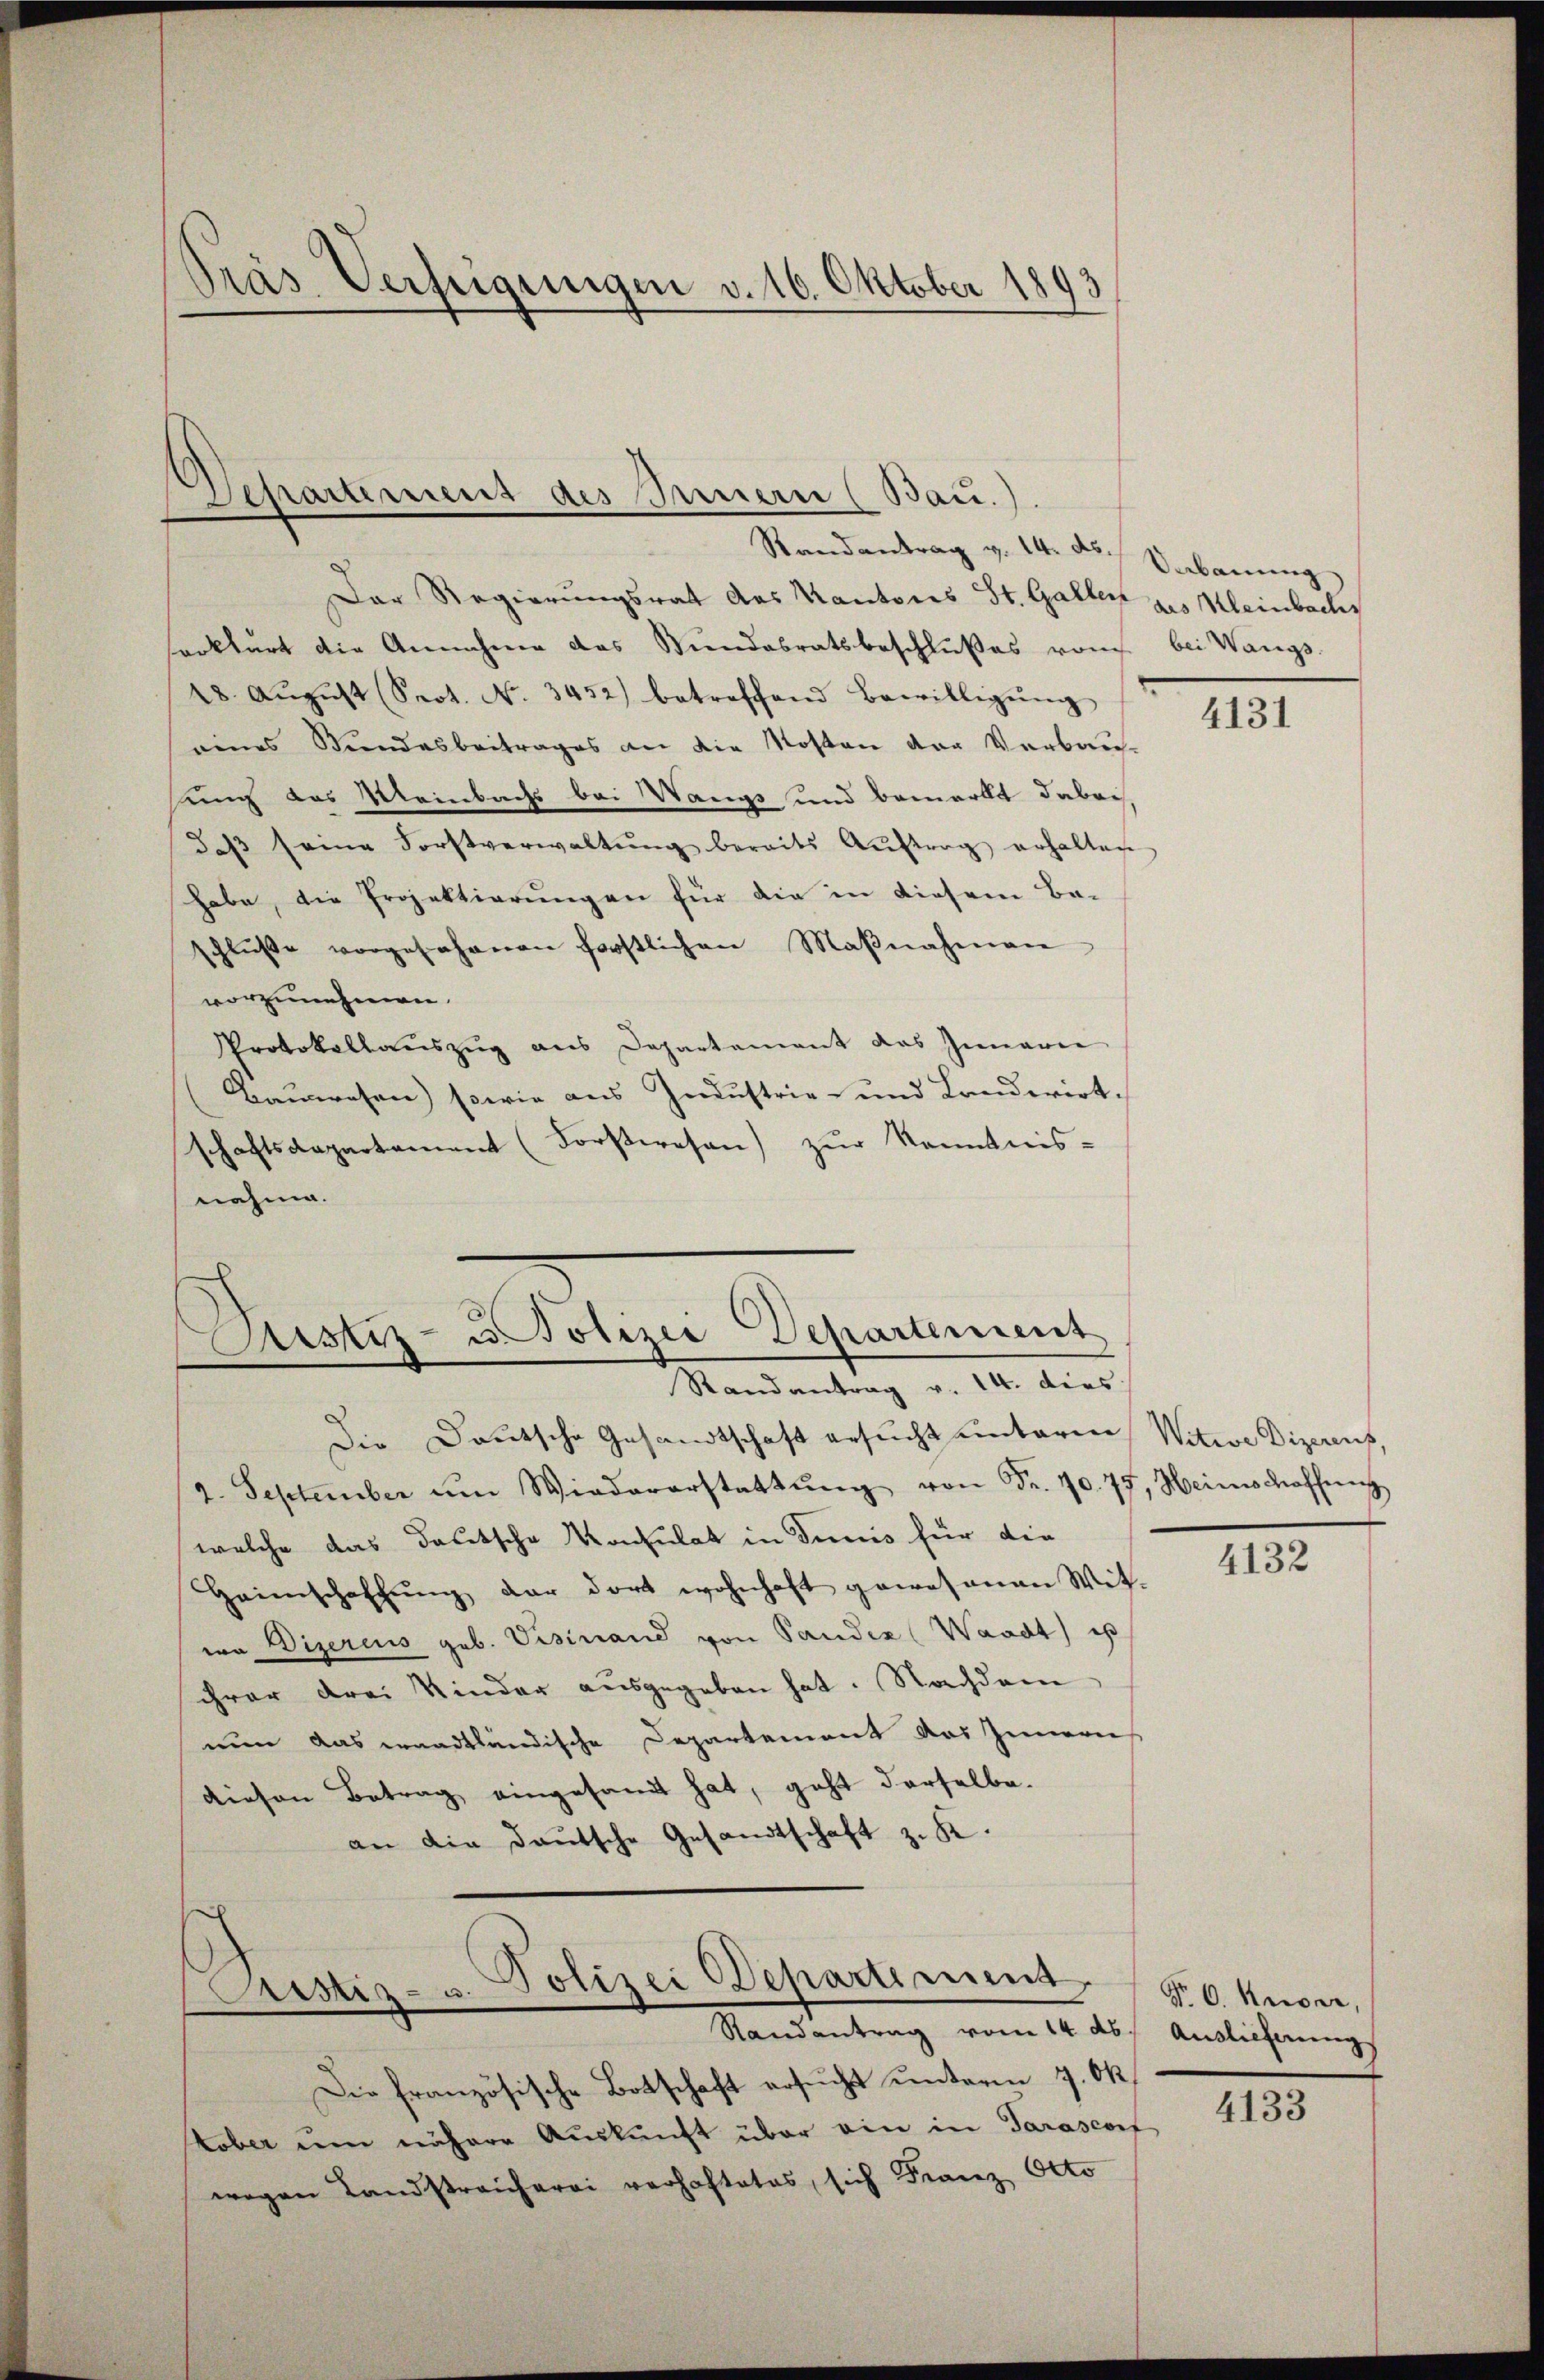
Präs. Verfügungen v. 16. Oktober 1893

Separtement des Innern (Bau.)
Randantrag v. 14. ds. Sabauung

Der Regierungsrat des Kantons St. Gallen des Kleinbachs
serklärt die Annahme das Bundesratsbeschlŭβes vom bei Wangs-
18. Aŭgŭst (Spot. N. 3452) betreffend Bewilligŭng
eines Bundesbeitrages an die Kosten der Verbauung des Meinbachs bei Wangs und bemerkt dabei
daβ seine Forstverwaltŭng bereits Aŭftrag erhalten
habe, die Projektierungen für die in diesem Be-
schlŭβe vorgesehenen forstlichen Maβnahmen-
vorzunehmen.
Protokollauszug aus Departamant das Gemarie
Bauwesen) sowie aus Industrie- und Landwirt-
schaftsdepartement (Forstwesen) zur Kenntnis-
nahme.

Astiz- u. Polizei Departement
Randantrag v. 14. dies

Die Deutsche Gesandtschaft ersucht unterm Witwe Dizerens,
2. September ŭm Wiedererstattŭng von Fr. 70. 77, Heimschaffung
welche das deutsche Konsulat in Junis für die
Heimschaffŭng der dort wohnhaft gewesenen Wit-
wa Vizercus geb. Visinand von Pandes (Waadt) ist
ihrer drei Kinder ausgegeben hat. Nachdem
nun das waadtländische Departement das Innern
diesen Betrag eingesandt hat, geht derselbe.
an die Deutsche Gesandtschaft z. K.

Polizei Departement
Justiz- u.
Randantrag vom 14. ds. Auslieferung

Die französische Botschaft ersucht unterm 7. Ok
tober um nähere Auskunft über ein in Sarascorf
wegen Landstreicherei verhaftetes, sich Franz Octo

4131

4132

Nr. 6. Auser,

4133